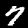
Digit: 7